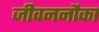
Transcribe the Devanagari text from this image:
जीवननौका